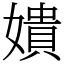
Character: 嬇